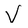
Character: V